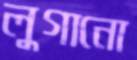
লুগানো